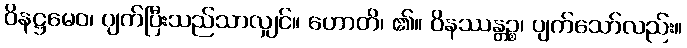
ဝိနဋ္ဌမေဝ၊ ပျက်ပြီးသည်သာလျှင်။ ဟောတိ၊ ၏။ ဝိနဿန္တဉ္စ၊ ပျက်သော်လည်း။